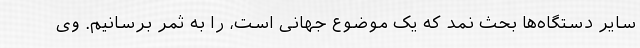
سایر دستگاه‌ها بحث نمد که یک موضوع جهانی است، را به ثمر برسانیم. وی